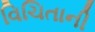
વિચિતાની